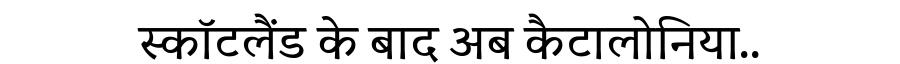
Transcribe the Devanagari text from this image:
स्कॉटलैंड के बाद अब कैटालोनिया..